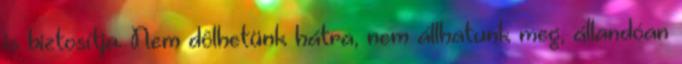
is biztosítja. Nem dôlhetünk hátra, nem állhatunk meg, állandóan